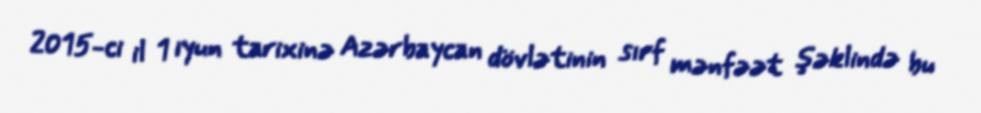
2015-ci il 1 iyun tarixinə Azərbaycan dövlətinin sırf mənfəət şəklində bu